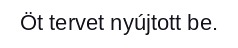
Öt tervet nyújtott be.